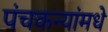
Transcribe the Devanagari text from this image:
पंचकन्यांमधे